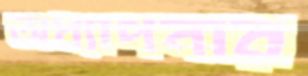
অধ্যাপনার